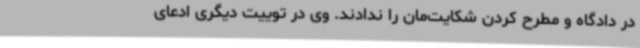
در دادگاه و مطرح کردن شکایت‌مان را ندادند. وی در توییت دیگری ادعای